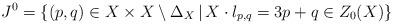
LaTeX: \begin{align*} J^0= \{(p,q)\in X\times X\setminus \Delta_X \,|\, X\cdot l_{p,q}=3p+q \in Z_0(X)\}\end{align*}